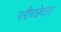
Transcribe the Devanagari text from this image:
परीच्छेदात